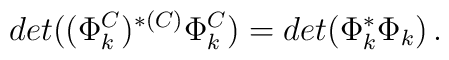
det((\Phi_k^C)^{*(C)}\Phi_k^C)=det(\Phi_k^*\Phi_k)\,.